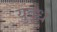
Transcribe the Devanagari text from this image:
युदृध